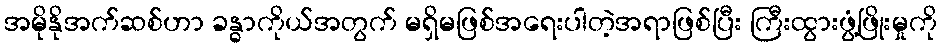
အမိုနိုအက်ဆစ်ဟာ ခန္ဓာကိုယ်အတွက် မရှိမဖြစ်အရေးပါတဲ့အရာဖြစ်ပြီး ကြီးထွားဖွံ့ဖြိုးမှုကို